Indian journal of veterinary science and animal husbandry - Volume 13,
Year: 1943
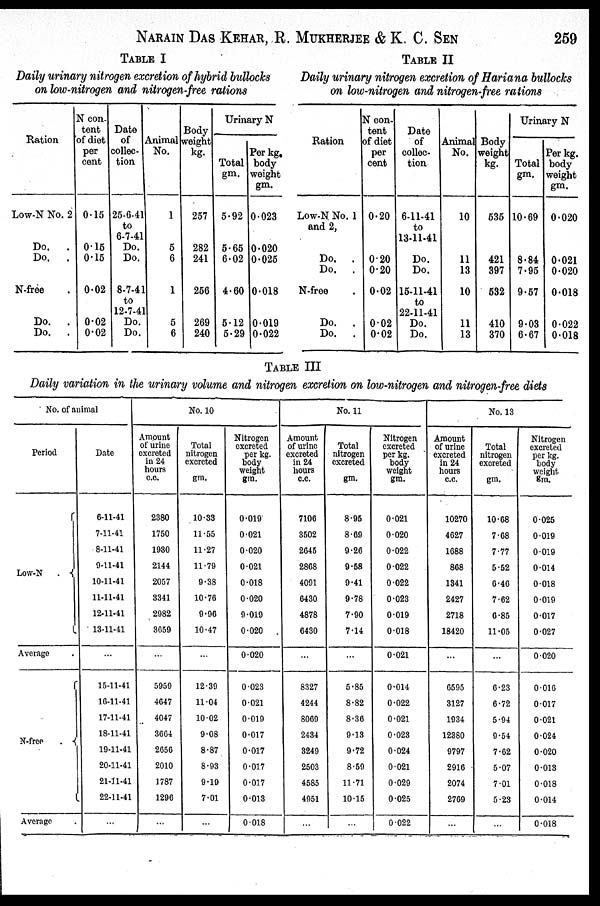
NARAIN DAS KEHAR, R. MUKHERJEE & K. C. SEN 259
TABLE I
Daily urinary nitrogen excretion of hybrid bullocks
on low-nitrogen and nitrogen-free rations
Ration
Low-N No. 2
Do.
.
Do.
.
N-free .
Do.
.
Do. .
N con-
tent
of diet
per
cent
0.15
0.15
0.15
0.02
0.02
0.02
Date
of
collec-
tion
25-6-41
to
6-7-41
Do.
Do.
8-7-41
to
12-7-41
Do.
Do.
Animal
No.
1
5
6
1
5
6
Body
weight
kg.
257
282
241
256
269
240
Urinary N
Total
gm.
5.92
5.65
6.02
4.60
5.12
5.29
Per kg.
body
weight
gm.
0.023
0.020
0.025
0.018
0.019
0.022
TABLE II
Daily urinary nitrogen excretion of Hariana bullocks
on low-nitrogen and nitrogen-free rations
Ration
Low-N No. 1
and 2,
Do.
.
Do.
.
N-free .
Do.
.
Do.
.
N con-
tent
of diet
per
cent
0.20
0.20
0.20
0.02
0.02
0.02
Date
of
collec-
tion
6-11-41
to
13-11-41
Do.
Do.
15-11-41
to
22-11-41
Do.
Do.
Animal
No.
10
11
13
10
11
13
Body
weight
kg.
535
421
397
532
410
370
Urinary N
Total
gm.
10.69
8.84
7.95
9.57
9.03
6.67
Per kg.
body
weight
gm.
0.020
0.021
0.020
0.018
0.022
0.018
TABLE III
Daily variation in the urinary volume and nitrogen excretion on low-nitrogen and nitrogen-free diets
No. of animal
Period
Low-N
.
Average .
N-free
.
Average .
Date
6-11-41
7-11-41
8-11-41
9-11-41
10-11-41
11-11-41
12-11-41
13-11-41
...
15-11-41
16-11-41
17-11-41
18-11-41
19-11-41
20-11-41
21-11-41
22-11-41
...
No. 10
Amount
of urine
excreted
in 24
hours
c.c.
2380
1750
1930
2144
2057
3341
2982
3659
...
5959
4647
4047
3664
2656
2010
1787
1296
...
Total
nitrogen
excreted
gm.
10.33
11.55
11.27
11.79
9.38
10.76
9.96
10.47
...
12.39
11.04
10.02
9.08
8.87
8.93
9.19
7.01
...
Nitrogen
excreted
per kg.
body
weight
gm.
0.019
0.021
0.020
0.021
0.018
0.020
9.019
0.020
0.020
0.023
0.021
0.019
0.017
0.017
0.017
0.017
0.013
0.018
No. 11
Amount
of urine
excreted
in 24
hours
c.c.
7106
3502
2645
2868
4091
C430
4878
6430
...
8327
4244
8069
2434
3249
2503
4585
4951
...
Total
nitrogen
excreted
gm.
8.95
8.69
9.26
9.58
9.41
9.78
7.90
7.14
...
5.85
8.82
8.36
9.13
9.72
8.59
11.71
10.15
...
Nitrogen
excreted
per kg.
body
weight
gm.
0.021
0.020
0.022
0.022
0.022
0.023
0.019
0.018
0.021
0.014
0.022
0.021
0.023
0.024
0.021
0.029
0.025
0.022
No. 13
Amount
of urine
excreted
in 24
hours
c.c.
10270
4627
1688
868
1341
2427
2718
18420
...
6595
3127
1934
12380
9797
2916
2074
2769
...
Total
nitrogen
excreted
gm.
10.68
7.68
7.77
5.52
6.46
7.62
6.85
11.05
...
6.23
6.72
5.94
9.54
7.62
5.07
7.01
5.23
...
Nitrogen
excreted
per kg.
body
weight
gm.
0.025
0.019
0.019
0.014
0.018
0.019
0.017
0.027
0.020
0.016
0.017
0.021
0.024
0.020
0.013
0.018
0.014
0.018